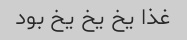
غذا یخ یخ یخ بود